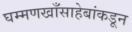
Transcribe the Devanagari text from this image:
घम्मणखाँसाहेबांकडून